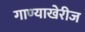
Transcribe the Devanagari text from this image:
गाण्याखेरीज